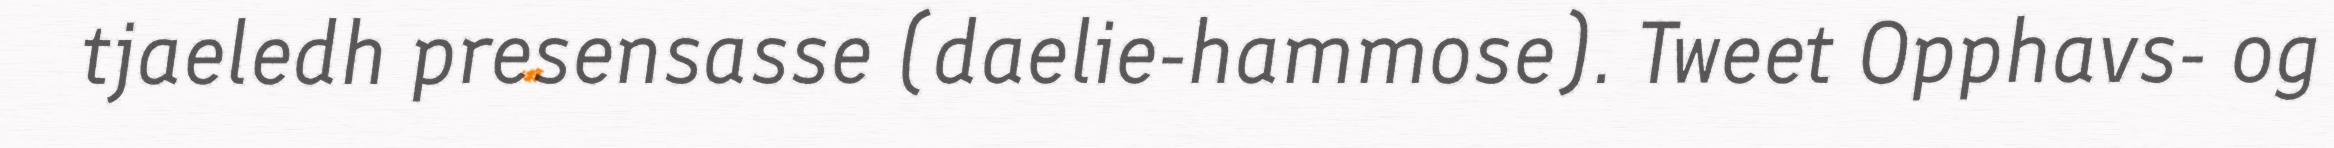
tjaeledh presensasse (daelie-hammose). Tweet Opphavs- og